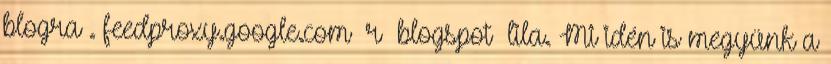
blogra . feedproxy.google.com r blogspot lila. Mi idén is megyünk a